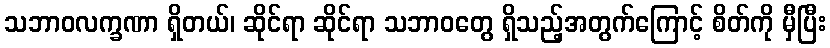
သဘာဝလက္ခဏာ ရှိတယ်၊ ဆိုင်ရာ ဆိုင်ရာ သဘာဝတွေ ရှိသည့်အတွက်ကြောင့် စိတ်ကို မှီပြီး